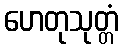
ဟေတုသုတ္တံ